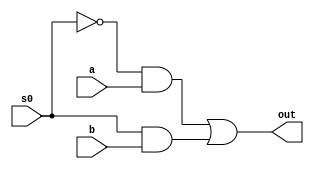
module q2x1_MUX(input s0,a,b, output out);
wire w1,w2,inv_s0;
not a1(inv_s0,s0);
and a2(w1,inv_s0,a);
and a3(w2,s0,b);
or a4(out,w1,w2);
endmodule